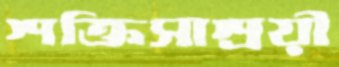
শক্তিসাশ্রয়ী